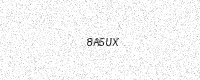
Text: 8A5UX